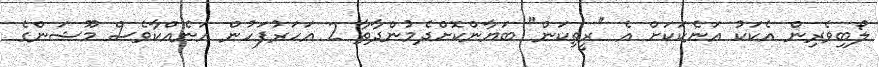
ލޯބިވެރިން އެކަކު އަނެކަކަށް އެ "ރީތިކަން" ބަޔާންކޮށްދެމުންދާތާ 2 އަހަރުފަހުން އަނެއްކާވެސް މޫޝަންގެ